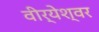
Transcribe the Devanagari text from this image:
वीर्येश्वर